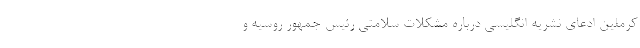
کرملین ادعای نشریه انگلیسی درباره مشکلات سلامتی رئیس جمهور روسیه و